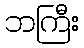
ဘကြီး